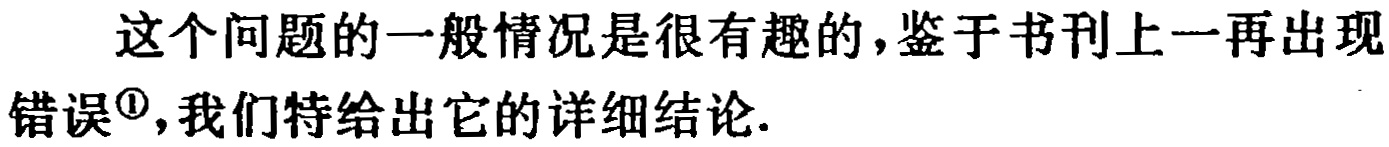
这个问题的一般情况是很有趣的，鉴于书刊上一再出现错误\footnote{\textcircled{1}}，我们特给出它的详细结论.